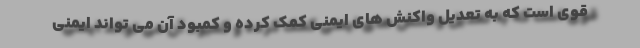
قوی است که به تعدیل واکنش های ایمنی کمک کرده و کمبود آن می تواند ایمنی